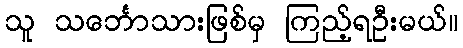
သူ သင်္ဘောသားဖြစ်မှ ကြည့်ရဦးမယ်။